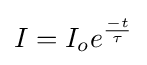
\!\,I=I_{o}e^{\frac {-t}{\tau }}